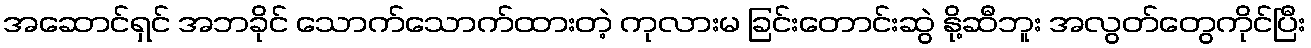
အဆောင်ရှင် အဘခိုင် သောက်သောက်ထားတဲ့ ကုလားမ ခြင်းတောင်းဆွဲ နို့ဆီဘူး အလွတ်တွေကိုင်ပြီး